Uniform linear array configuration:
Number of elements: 4
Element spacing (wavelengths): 0.25
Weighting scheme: cosine
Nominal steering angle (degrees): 45
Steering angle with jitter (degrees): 45.324
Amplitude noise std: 0.05
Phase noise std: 0.05

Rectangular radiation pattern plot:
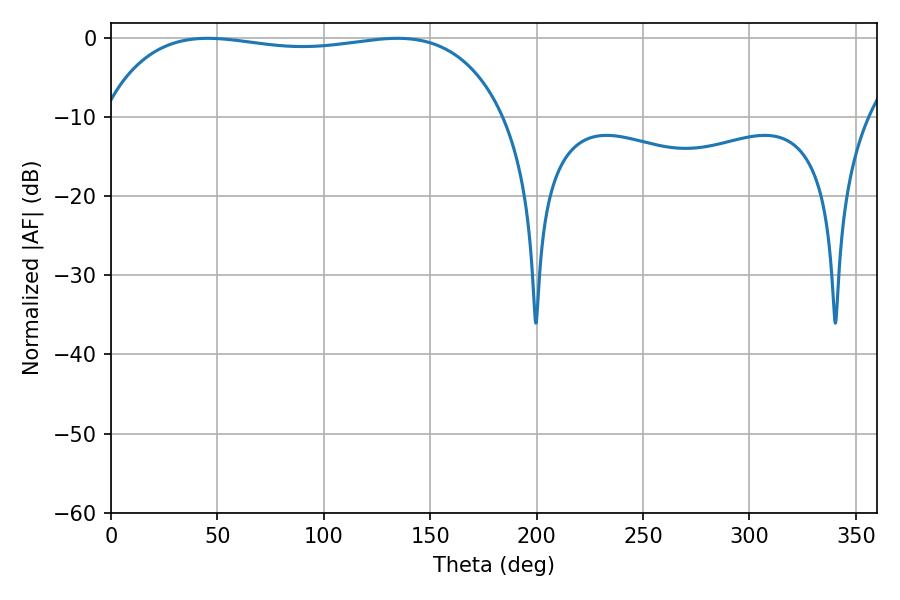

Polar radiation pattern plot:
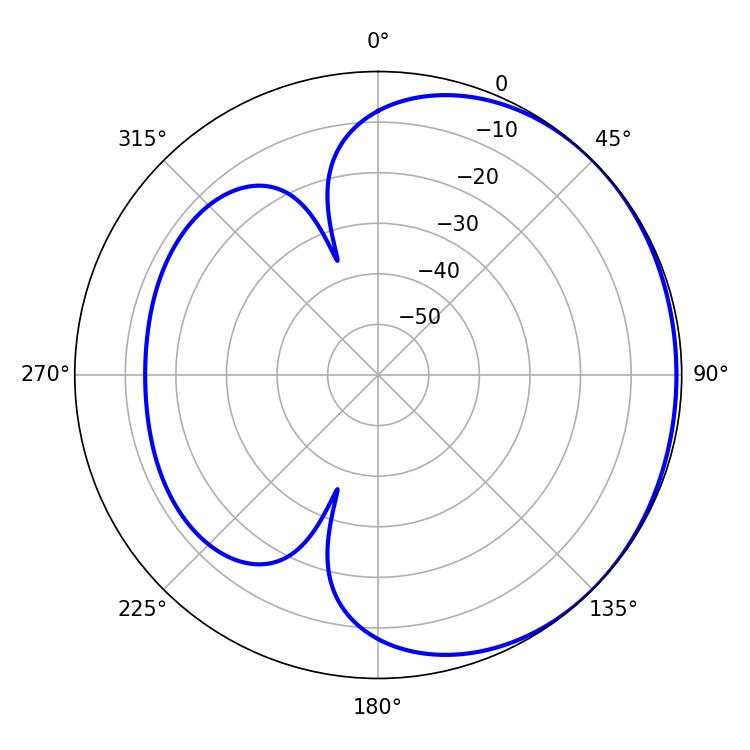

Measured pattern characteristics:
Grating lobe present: FALSE
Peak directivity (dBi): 0.873
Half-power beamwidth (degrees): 152.28
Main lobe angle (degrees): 45.54